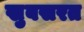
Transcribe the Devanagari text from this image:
खुबसरत